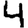
Digit: 4